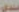
سندی